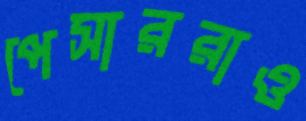
পেসাররাও